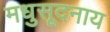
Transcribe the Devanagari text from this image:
मधुसूदनाय